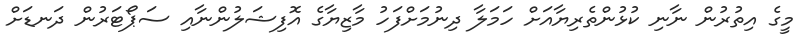
މީގެ އިތުރުން ނާނި ކުޅުންތެރިޔާއަށް ހަމަލާ ދިނުމަށްފަހު މާޒިޔާގެ އޮފިޝަލުންނާއި ސަޕޯޓަރުން ދަނޑަށް